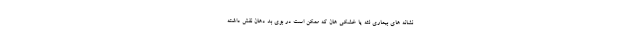
نشانه های بیماری لثه یا خشکی هان که ممکن است در بوی بد دهان نقش داشته